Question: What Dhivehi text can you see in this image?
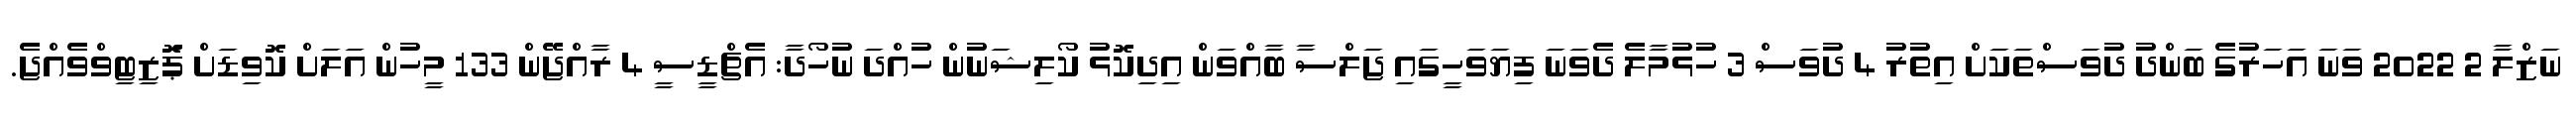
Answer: ނަޒްލާ 2 2022 ވަނަ އަހަރުގެ ބަންދު ދުވަސްތަކަށް އިތުރު 4 ދުވަސް 3 ހުޅުމާލެ ދެވަނަ ފިޔަވަހީގައި ޖަލްސާ ބާއްވަން އިދިކޮޅު ކޯލިޝަނުން ހުއްދަ ނުހޯދާ: އެޗްޑީސީ 4 ރާއްޖޭން 133 މީހުން އަލަށް ކޮވިޑަށް ޕަޮޒިޓިވްވެއްޖެ.